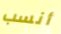
أنسب